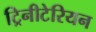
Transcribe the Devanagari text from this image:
ट्रिनीटेरियन